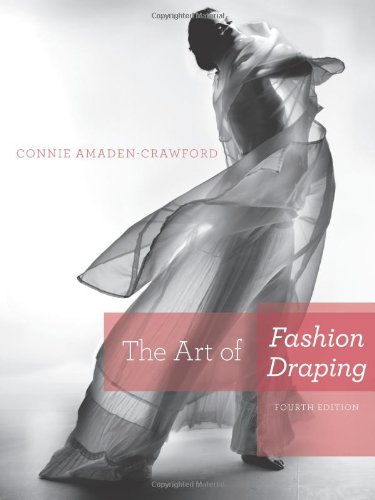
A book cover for The Art of Fashion Draping; Connie Amaden-Crawford; Humor & Entertainment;